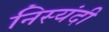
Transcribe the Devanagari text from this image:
निस्यंदी